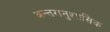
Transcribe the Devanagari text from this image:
अन्तरानुशासिक